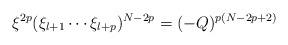
LaTeX: \begin{align*}\xi ^{2p}(\xi _{l+1}\cdots \xi _{l+p})^{N-2p}=(-Q)^{p(N-2p+2)} \end{align*}